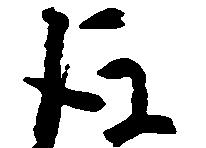
後